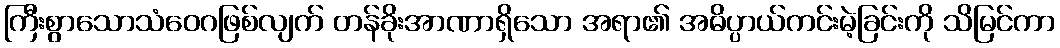
ကြီးစွာသောသံဝေဂဖြစ်လျက် တန်ခိုးအာဏာရှိသော အရာ၏ အဓိပ္ပာယ်ကင်းမဲ့ခြင်းကို သိမြင်ကာ